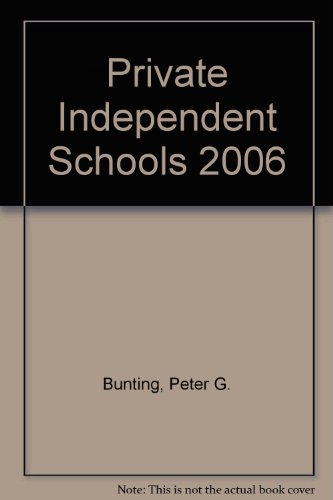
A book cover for Private Independent Schools 2006: A Comprehensive Guide to Elementary and Secondary Schools in North America and Abroad; Peter Bunting; Test Preparation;